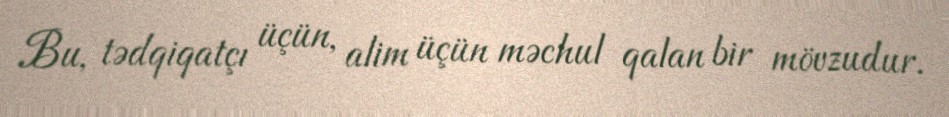
Bu, tədqiqatçı üçün, alim üçün məchul qalan bir mövzudur.